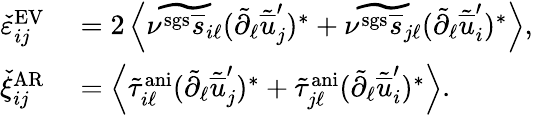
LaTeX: \begin{array}{rl}{\check{\varepsilon}_{ij}^{\mathrm{EV}}}&{{}=2\left<\widetilde{\nu^{\mathrm{sgs}}\overline{{s}}_{i\ell}}(\tilde{\partial}_{\ell}\tilde{\overline{{u}}}_{j}^{\prime})^{*}+\widetilde{\nu^{\mathrm{sgs}}\overline{{s}}_{j\ell}}(\tilde{\partial}_{\ell}\tilde{\overline{{u}}}_{i}^{\prime})^{*}\right>,}\\ {\check{\xi}_{ij}^{\mathrm{AR}}}&{{}=\left<\tilde{\tau}_{i\ell}^{\mathrm{ani}}(\tilde{\partial}_{\ell}\tilde{\overline{{u}}}_{j}^{\prime})^{*}+\tilde{\tau}_{j\ell}^{\mathrm{ani}}(\tilde{\partial}_{\ell}\tilde{\overline{{u}}}_{i}^{\prime})^{*}\right>.}\end{array}